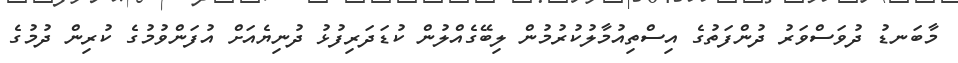
މާބަނޑު ދުވަސްވަރު ދުންފަތުގެ އިސްތިއުމާލުކުރުމުން ލިބޭގެއްލުން ކުޑަދަރިފުޅު ދުނިޔެއަށް އުފަންވުމުގެ ކުރިން ދުމުގެ